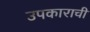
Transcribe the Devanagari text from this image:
उपकाराची